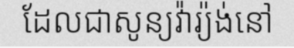
ដែលជាសូន្យវ៉ារ្យ៉ង់នៅ